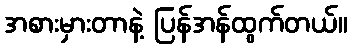
အစားမှားတာနဲ့ ပြန်အန်ထွက်တယ်။